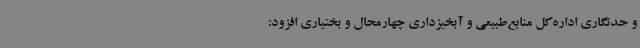
و حدنگاری اداره‌کل منابع‌طبیعی و آبخیزداری چهارمحال و بختیاری افزود: